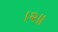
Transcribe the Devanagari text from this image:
।२॥